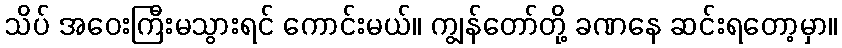
သိပ် အဝေးကြီးမသွားရင် ကောင်းမယ်။ ကျွန်တော်တို့ ခဏနေ ဆင်းရတော့မှာ။